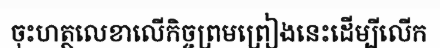
ចុះហត្ថលេខាលើកិច្ចព្រមព្រៀងនេះដើម្បីលើក